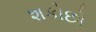
શકોછો